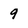
Character: 9